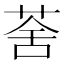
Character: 𦲧